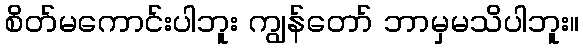
စိတ်မကောင်းပါဘူး ကျွန်တော် ဘာမှမသိပါဘူး။